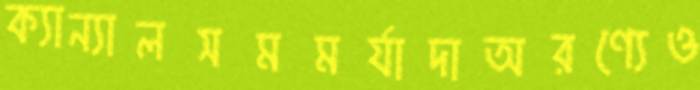
ক্যান্যালসমমর্যাদাঅরণ্যেও